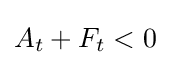
A_{t}+F_{t}<0